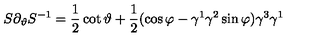
S \partial _ { \vartheta } S ^ { - 1 } = \frac 1 2 \cot \vartheta + \frac 1 2 ( \cos \varphi - \gamma ^ { 1 } \gamma ^ { 2 } \sin \varphi ) \gamma ^ { 3 } \gamma ^ { 1 }